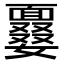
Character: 𩈽